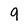
Character: 9